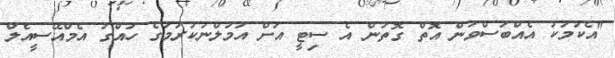
"އެކަމަކު އެއްބަސްވުން އޮތް ގޮތުން އެ ސިޓީ އަށް އަމަލްނުކުރުމުގެ ހައްގު އެމްއޭސީއެލް